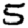
Digit: 5